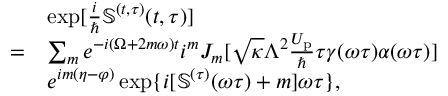
\begin{array} { r l } & { \exp [ { \frac { i } { \hbar } \mathbb { S } ^ { ( t , \tau ) } ( t , \tau ) } ] } \\ { = } & { \sum _ { m } e ^ { - i ( \Omega + 2 m \omega ) t } i ^ { m } J _ { m } [ \sqrt { \kappa } \Lambda ^ { 2 } \frac { U _ { \mathrm { p } } } { \hbar } \tau \gamma ( \omega \tau ) \alpha ( \omega \tau ) ] } \\ & { e ^ { i m ( \eta - \varphi ) } \exp \{ i [ \mathbb { S } ^ { ( \tau ) } ( \omega \tau ) + m ] \omega \tau \} , } \end{array}